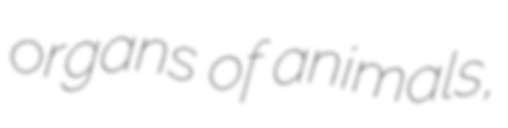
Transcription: organs of animals,